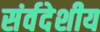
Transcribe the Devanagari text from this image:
संर्वदेशीय